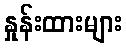
နှုန်းထားများ